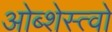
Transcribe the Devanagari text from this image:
ओब्शेस्त्वो